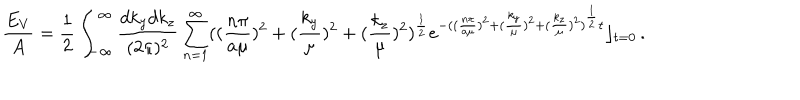
\frac { E _ { V } } { A } = \frac { 1 } { 2 } \int _ { - \infty } ^ { \infty } \frac { d k _ { y } d k _ { z } } { ( 2 \pi ) ^ { 2 } } \sum _ { n = 1 } ^ { \infty } ( ( \frac { n \pi } { a \mu } ) ^ { 2 } + ( \frac { k _ { y } } { \mu } ) ^ { 2 } + ( \frac { k _ { z } } { \mu } ) ^ { 2 } ) ^ { \frac 1 2 } e ^ { - ( ( \frac { n \pi } { a \mu } ) ^ { 2 } + ( \frac { k _ { y } } { \mu } ) ^ { 2 } + ( \frac { k _ { z } } { \mu } ) ^ { 2 } ) ^ { \frac 1 2 } t } \rfloor _ { t = 0 } \, .